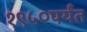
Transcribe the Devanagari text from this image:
१९५०पर्यंत